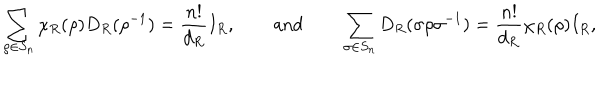
\sum _ { \rho \in S _ { n } } ^ { } \chi _ { R } ( \rho ) D _ { R } ( \rho ^ { - 1 } ) = \frac { n ! } { d _ { R } } I _ { R } , \qquad \mathrm { a n d } \qquad \sum _ { \sigma \in S _ { n } } ^ { } D _ { R } ( \sigma \rho \sigma ^ { - 1 } ) = \frac { n ! } { d _ { R } } \chi _ { R } ( \rho ) I _ { R } ,